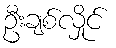
ဦးချစ်လှိုင်